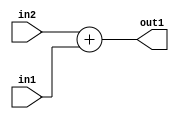
`timescale 1ps / 1ps
/*****************************************************************************
    Verilog RTL Description
    
    
    Created by: Stratus DpOpt 2019.1.01 
*******************************************************************************/

module st_feature_addr_gen_Add_32Ux32U_32U_4_0 (
	in2,
	in1,
	out1
	); /* architecture "behavioural" */ 
input [31:0] in2,
	in1;
output [31:0] out1;
wire [31:0] asc001;

assign asc001 = 
	+(in2)
	+(in1);

assign out1 = asc001;
endmodule

/* CADENCE  ubH0SAE= : u9/ySgnWtBlWxVPRXgAZ4Og= ** DO NOT EDIT THIS LINE ******/